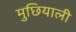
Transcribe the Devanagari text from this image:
मुछियाली